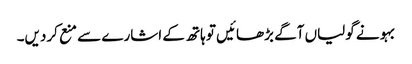
بہو نے گولیاں آگے بڑھائیں تو ہاتھ کے اشارے سے منع کردیں۔